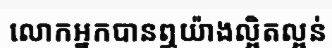
លោកអ្នកបានឮយ៉ាងល្អិតល្អន់